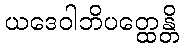
ယဒေဝါဘိပတ္ထေန္တိ